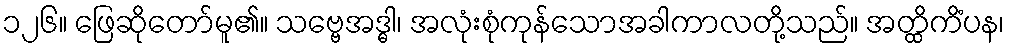
၁၂၆။ ဖြေဆိုတော်မူ၏။ သဗ္ဗေအဒ္ဓါ၊ အလုံးစုံကုန်သောအခါကာလတို့သည်။ အတ္ထိကိံပန၊